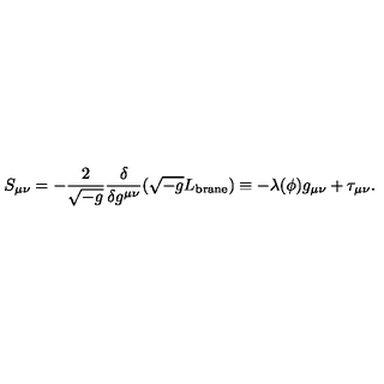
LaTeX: S _ { \mu \nu } = - { \frac { 2 } { \sqrt { - g } } } { \frac { \delta } { \delta g ^ { \mu \nu } } } ( \sqrt { - g } L _ { \mathrm { b r a n e } } ) \equiv - \lambda ( \phi ) g _ { \mu \nu } + \tau _ { \mu \nu } .